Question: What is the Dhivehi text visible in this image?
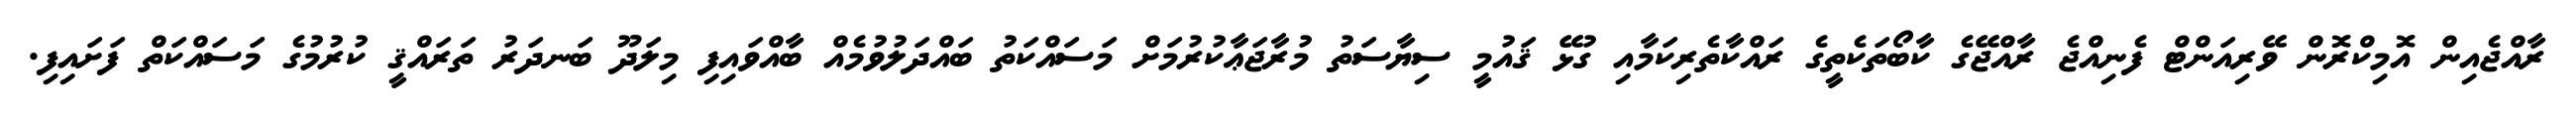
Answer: ރާއްޖެއިން އޮމިކްރޮން ވޭރިއަންޓް ފެނިއްޖެ ރާއްޖޭގެ ކާބޯތަކެތީގެ ރައްކާތެރިކަމާއި ގުޅޭ ޤައުމީ ސިޔާސަތު މުރާޖަޢާކުރުމަށް މަސައްކަތު ބައްދަލުވުމެއް ބާއްވައިފި މިލަދޫ ބަނދަރު ތަރައްޤީ ކުރުމުގެ މަސައްކަތް ފަށައިފި.